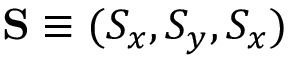
\mathbf { S } \equiv ( S _ { x } , S _ { y } , S _ { x } )